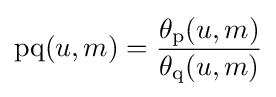
\operatorname {pq} (u,m)={\frac {\theta _{\operatorname {p} }(u,m)}{\theta _{\operatorname {q} }(u,m)}}